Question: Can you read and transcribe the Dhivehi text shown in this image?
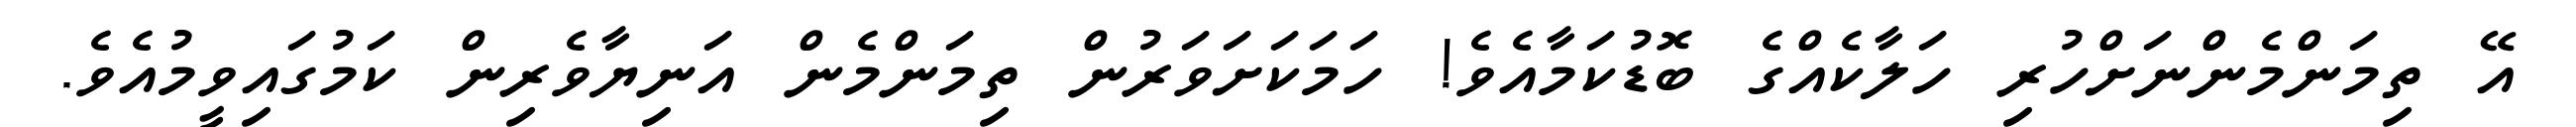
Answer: އޭ ތިމަންމެންނަށްހުރި ހަލާކެއްގެ ބޮޑުކަމާއެވެ! ހަމަކަށަވަރުން ތިމަންމެން އަނިޔާވެރިން ކަމުގައިވީމުއެވެ.